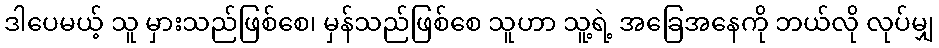
ဒါပေမယ့် သူ မှားသည်ဖြစ်စေ၊ မှန်သည်ဖြစ်စေ သူဟာ သူ့ရဲ့ အခြေအနေကို ဘယ်လို လုပ်မျှ